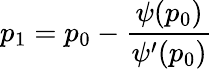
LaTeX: p_{1}=p_{0}-\frac{\psi(p_{0})}{\psi^{\prime}(p_{0})}